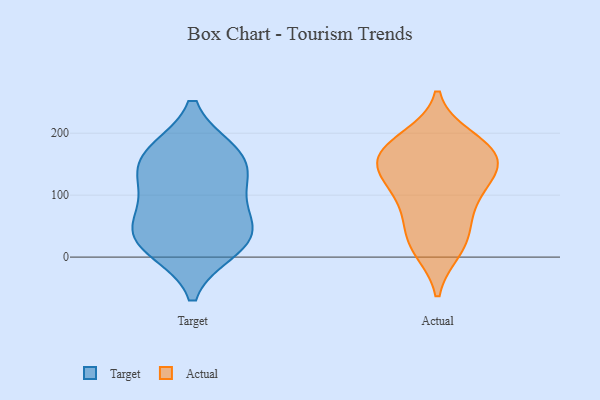
{"axis": {"x": "Net Income (USD K)", "y": "Value"}, "legend": ["Actual", "Target"], "data": [{"x": "", "y": 46, "type": "Target"}, {"x": "", "y": 65, "type": "Target"}, {"x": "", "y": 169, "type": "Target"}, {"x": "", "y": 112, "type": "Target"}, {"x": "", "y": 13, "type": "Target"}, {"x": "", "y": 121, "type": "Target"}, {"x": "", "y": 19, "type": "Target"}, {"x": "", "y": 156, "type": "Target"}, {"x": "", "y": 169, "type": "Target"}, {"x": "", "y": 37, "type": "Target"}, {"x": "", "y": 68, "type": "Actual"}, {"x": "", "y": 13, "type": "Actual"}, {"x": "", "y": 109, "type": "Actual"}, {"x": "", "y": 90, "type": "Actual"}, {"x": "", "y": 139, "type": "Actual"}, {"x": "", "y": 180, "type": "Actual"}, {"x": "", "y": 170, "type": "Actual"}, {"x": "", "y": 38, "type": "Actual"}, {"x": "", "y": 191, "type": "Actual"}, {"x": "", "y": 170, "type": "Actual"}, {"x": "", "y": 161, "type": "Actual"}, {"x": "", "y": 132, "type": "Actual"}, {"x": "", "y": 140, "type": "Actual"}, {"x": "", "y": 18, "type": "Actual"}]}